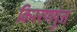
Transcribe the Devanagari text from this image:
किररणपुंज